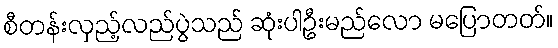
စီတန်းလှည့်လည်ပွဲသည် ဆုံးပါဦးမည်လော မပြောတတ်။